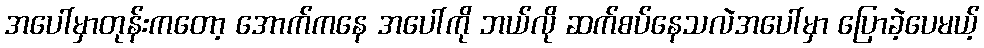
အပေါ်မှာတုန်းကတော့ အောက်ကနေ အပေါ်ကို ဘယ်လို ဆက်စပ်နေသလဲအပေါ်မှာ ပြောခဲ့ပေမယ့်